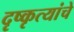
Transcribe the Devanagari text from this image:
दृष्कृत्यांचे